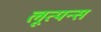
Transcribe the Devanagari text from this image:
लूत्यन्स